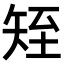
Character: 𥎹